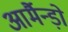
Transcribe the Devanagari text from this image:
आर्मैन्ड़ो